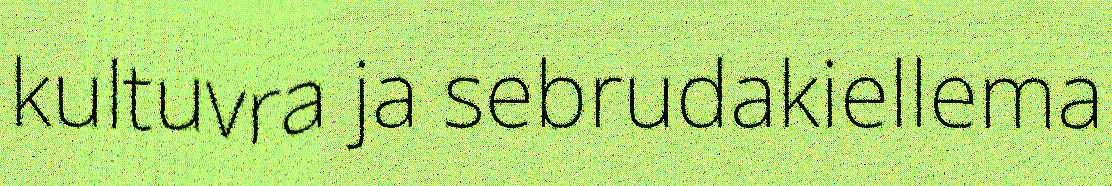
kultuvra ja sebrudakiellema